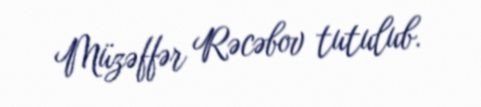
Müzəffər Rəcəbov tutulub.